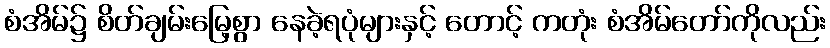
စံအိမ်၌ စိတ်ချမ်းမြေ့စွာ နေခဲ့ရပုံများနှင့် တောင့် ကတုံး စံအိမ်တော်ကိုလည်း